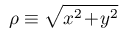
\rho \equiv \sqrt { x ^ { 2 } \! + \! y ^ { 2 } }